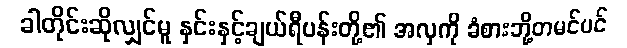
ခါတိုင်းဆိုလျှင်မူ နှင်းနှင့်ချယ်ရီပန်းတို့၏ အလှကို ခံစားဘို့တမင်ပင်